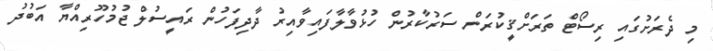
މި ދެރަށުގައި ރިސޯޓް ތަރަށްޤީކުރަން ސަރުކާރުން ހުޅުވާލާފައިވާއިރު ދާދިފަހުން ރައީސުލް ޖުމުހޫރިއްޔާ އަބުދު